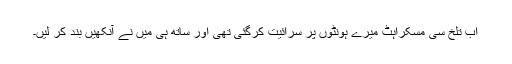
اب تلخ سی مسکراہٹ میرے ہونٹوں پر سرائیت کرگئی تھی اور ساتھ ہی میں نے آنکھیں بند کر لیں۔